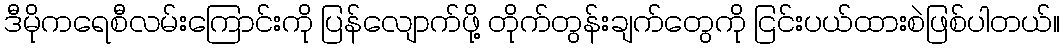
ဒီမိုကရေစီလမ်းကြောင်းကို ပြန်လျောက်ဖို့ တိုက်တွန်းချက်တွေကို ငြင်းပယ်ထားစဲဖြစ်ပါတယ်။